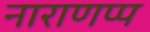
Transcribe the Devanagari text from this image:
नाराणप्प